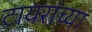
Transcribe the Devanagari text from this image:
टायरांच्या